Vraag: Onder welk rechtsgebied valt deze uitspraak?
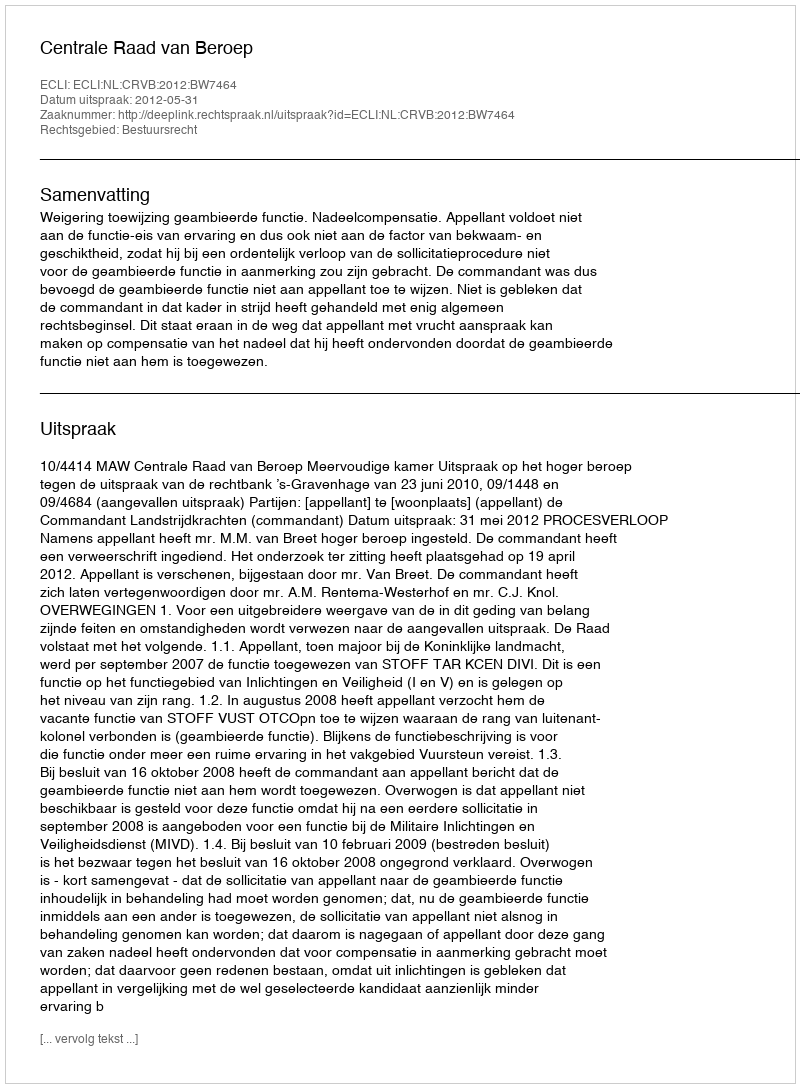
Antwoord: Bestuursrecht